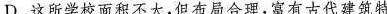
D. 这所学校面积不大，但布局合理，富有古代建筑特